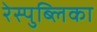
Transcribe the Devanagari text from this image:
रेस्पुब्लिका